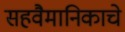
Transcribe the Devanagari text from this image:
सहवैमानिकाचे